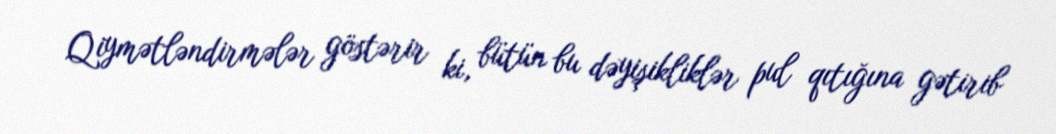
Qiymətləndirmələr göstərir ki, bütün bu dəyişikliklər pul qıtığına gətirib